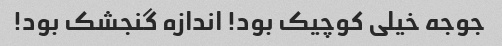
جوجه خیلی کوچیک بود! اندازه گنجشک بود!